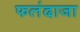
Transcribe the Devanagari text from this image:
फलंदाजा